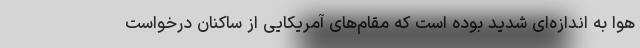
هوا به اندازه‌ای شدید بوده است که مقام‌های آمریکایی از ساکنان درخواست